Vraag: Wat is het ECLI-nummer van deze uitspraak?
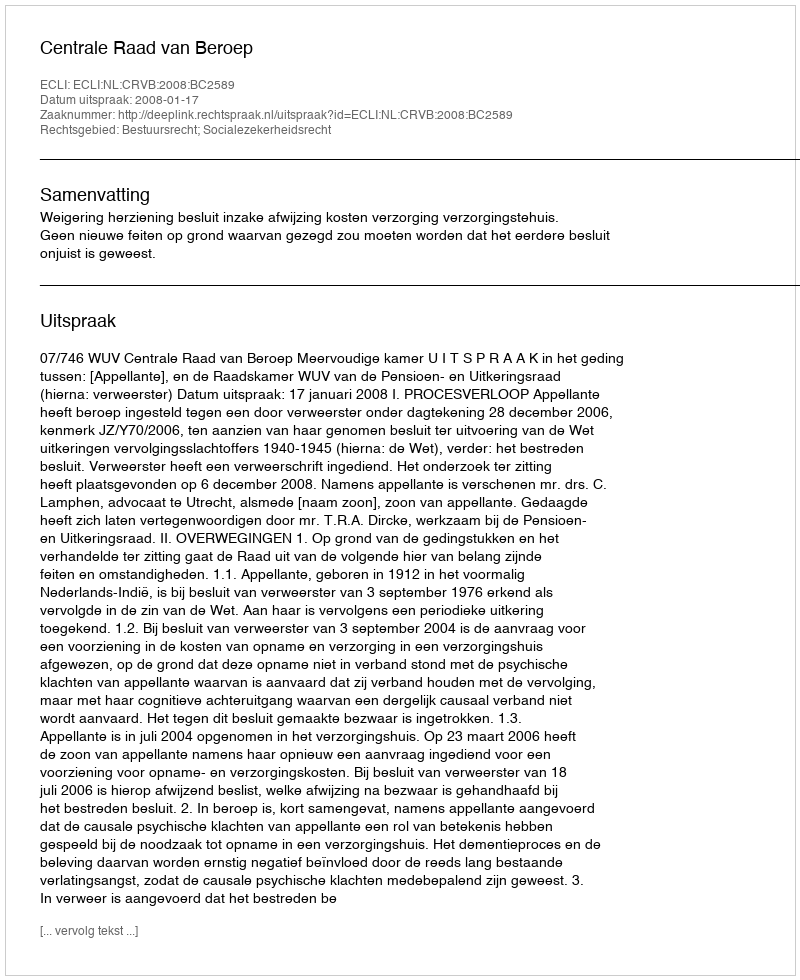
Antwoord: ECLI:NL:CRVB:2008:BC2589